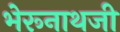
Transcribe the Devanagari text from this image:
भेरूनाथजी